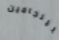
بينجامين